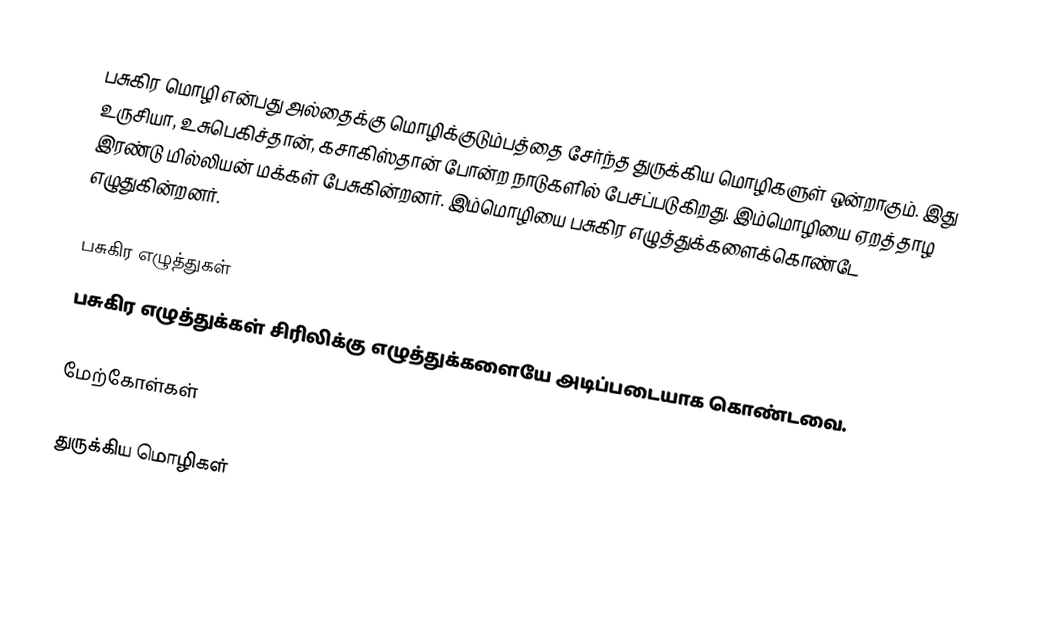
பசுகிர மொழி என்பது அல்தைக்கு மொழிக்குடும்பத்தை சேர்ந்த துருக்கிய மொழிகளுள் ஒன்றாகும். இது உருசியா, உசுபெகிச்தான், கசாகிஸ்தான் போன்ற நாடுகளில் பேசப்படுகிறது. இம்மொழியை ஏறத்தாழ இரண்டு மில்லியன் மக்கள் பேசுகின்றனர். இம்மொழியை பசுகிர எழுத்துக்களைக்கொண்டே எழுதுகின்றனர்.

பசுகிர எழுத்துகள்
பசுகிர எழுத்துக்கள் சிரிலிக்கு எழுத்துக்களையே அடிப்படையாக கொண்டவை.

மேற்கோள்கள்

துருக்கிய மொழிகள்